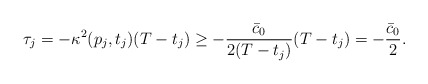
\begin{align*} \tau_j = -\kappa^2(p_j,t_j)(T-t_j)\geq- \frac{\bar c_0}{2(T-t_j)}(T-t_j) = - \frac{\bar c_0}{2}. \end{align*}